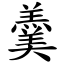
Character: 羹